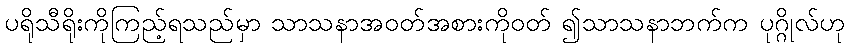
ပရိုသီရိုးကိုကြည့်ရသည်မှာ သာသနာအဝတ်အစားကိုဝတ် ၍သာသနာဘက်က ပုဂ္ဂိုလ်ဟု